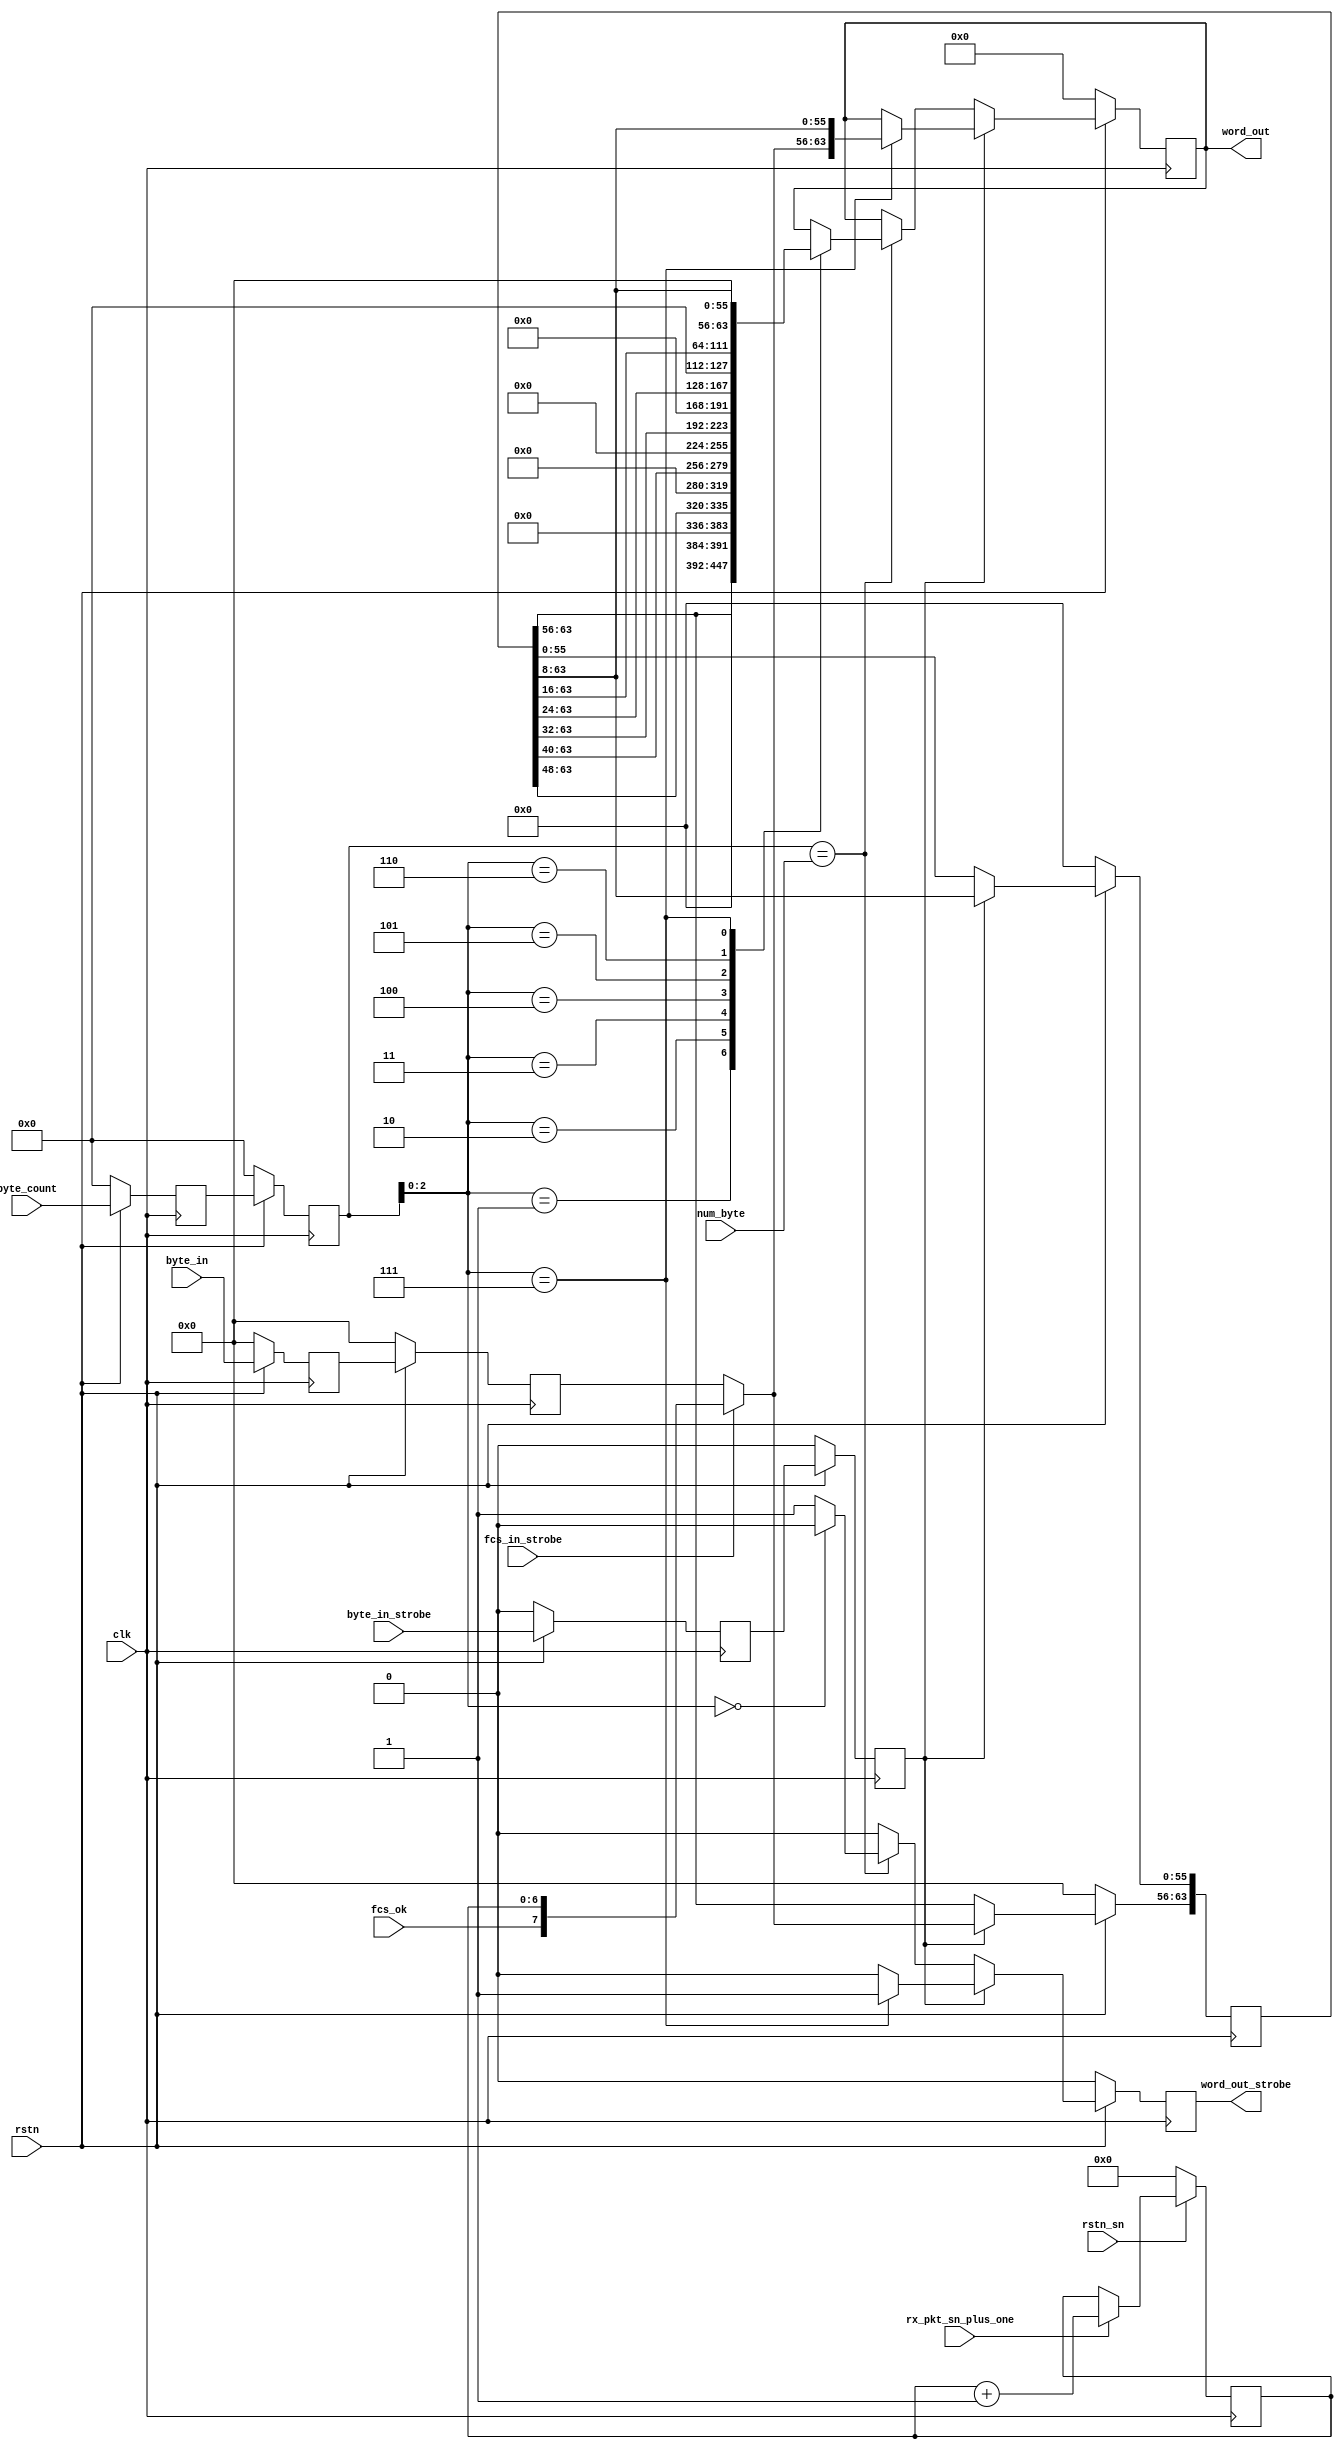
// Xianjun jiao. putaoshu@msn.com; xianjun.jiao@imec.be;

module byte_to_word_fcs_sn_insert
(
    input wire clk,
    input wire rstn,
    input wire rstn_sn,

    input [7:0]  byte_in,
    input        byte_in_strobe,
    input [15:0] byte_count,
    input [15:0] num_byte,
    input fcs_in_strobe,
    input fcs_ok,
    input wire rx_pkt_sn_plus_one,

    output reg [63:0] word_out,
    output reg word_out_strobe
);

reg [63:0] byte_buf;

reg [7:0] byte_in_dly0;
reg [7:0] byte_in_dly1;
reg byte_in_strobe_dly0;
reg byte_in_strobe_dly1;
reg [15:0] byte_count_dly0;
reg [15:0] byte_count_dly1;
reg [6:0] rx_pkt_sn;

wire [7:0] byte_in_final;
wire byte_in_strobe_final;
wire [15:0] byte_count_final;

assign byte_in_final = (fcs_in_strobe?{fcs_ok,rx_pkt_sn}:byte_in_dly1);
assign byte_in_strobe_final = byte_in_strobe_dly1;
assign byte_count_final = byte_count_dly1;

always @(posedge clk) begin
    if (rstn_sn==1'b0) begin
        rx_pkt_sn<=0;
    end else  begin
        rx_pkt_sn <= (rx_pkt_sn_plus_one?(rx_pkt_sn+1):rx_pkt_sn);
    end 
end

// delay and select to insert fcs
always @(posedge clk) begin
    if (rstn==1'b0) begin
        byte_in_dly0<=0;
        byte_in_dly1<=0;
        byte_in_strobe_dly0<=0;
        byte_in_strobe_dly1<=0;
        byte_count_dly0<=0;
        byte_count_dly1<=0;
    end else  begin
        byte_in_dly0<=byte_in;
        byte_in_dly1<=byte_in_dly0;
        byte_in_strobe_dly0<=byte_in_strobe;
        byte_in_strobe_dly1<=byte_in_strobe_dly0;
        byte_count_dly0<=byte_count;
        byte_count_dly1<=byte_count_dly0;
    end 
end

// byte to word
always @(posedge clk) begin
    if (rstn==1'b0) begin
        byte_buf <= 0;
        word_out <= 0;
        word_out_strobe <= 0;
    end else if (byte_in_strobe_final) begin
        byte_buf[63:56] <= byte_in_final;
        byte_buf[55:0] <= byte_buf[63:8];
        word_out_strobe <= (byte_count_final[2:0]==7?1:0);
        word_out <= byte_count_final[2:0]==7?{byte_in_final, byte_buf[63:8]}:word_out;
    end else if (byte_count_final==num_byte) begin
        word_out_strobe <= (byte_count_final[2:0]==0?0:1);
        case (byte_count_final[2:0])
            3'b001: begin word_out <= {56'b0,byte_buf[63:56]}; end
            3'b010: begin word_out <= {48'b0,byte_buf[63:48]}; end
            3'b011: begin word_out <= {40'b0,byte_buf[63:40]}; end
            3'b100: begin word_out <= {32'b0,byte_buf[63:32]}; end
            3'b101: begin word_out <= {24'b0,byte_buf[63:24]}; end
            3'b110: begin word_out <= {16'b0,byte_buf[63:16]}; end
            3'b111: begin word_out <= { 8'b0,byte_buf[63: 8]}; end
            default: word_out <= word_out;
        endcase
    end else begin
        word_out_strobe <= 0;
    end
end
endmodule